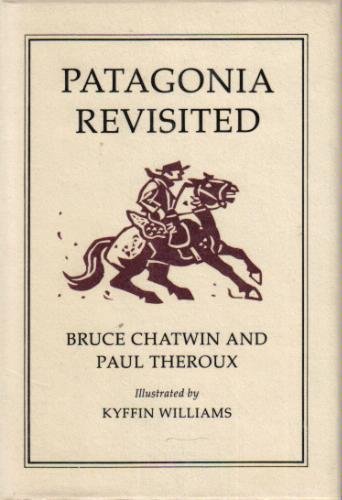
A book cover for Patagonia Revisited; Bruce Chatwin; Travel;